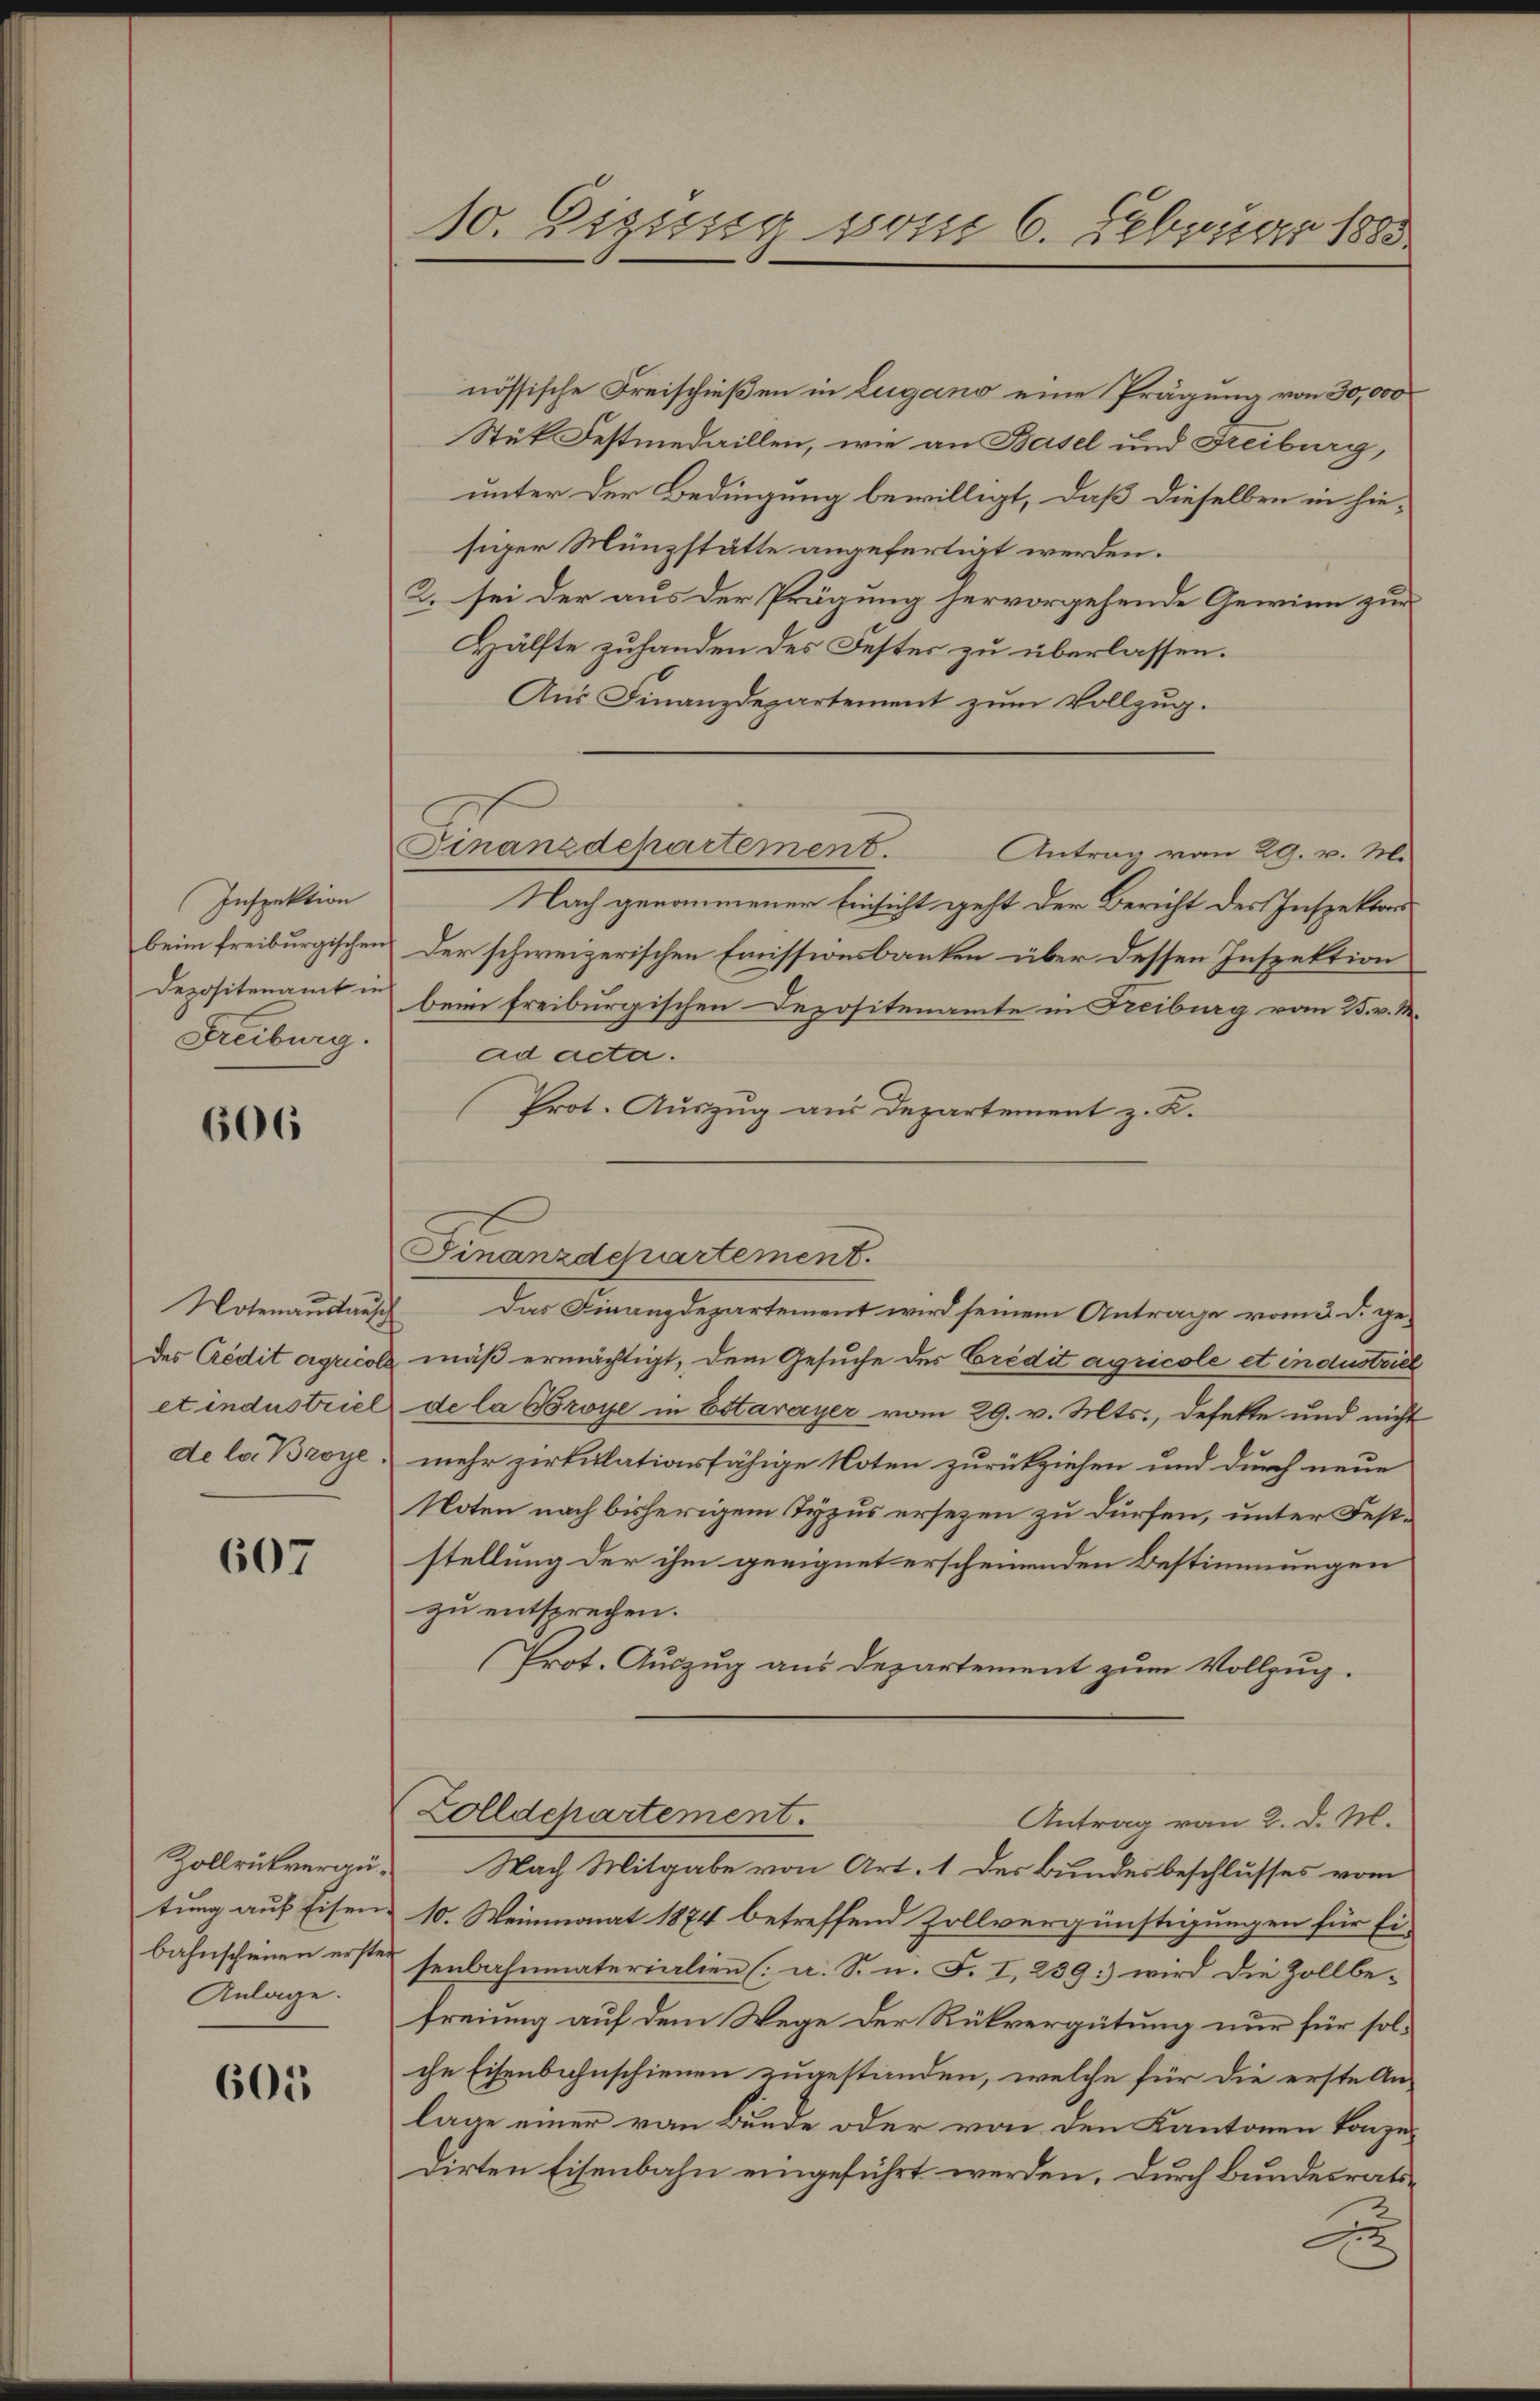
Inspektion
beim freiburgischen
Depositenamt in
Freiburg.

606

Notenauskauf
des Credit ergricol
et industriel
de la Broye

607

Zollrukvergütung auf Eisen
bahnschenen erste
Anlage.

605

10. Eigung vom 6. Februar 1883

nössische Freischießen in Lugano eine Prägung von 30,000
Stut Festmedaillen, wie an Basel und Freiburg,
unter der Bedingung bewilligt, daß dieselben in hie-
siger Münzstätte angefertigt werden.
2. sei der aus der Prägung hervorgehende Gewinn zur
Hälfte zuhanden des Fester zu überlassen.
Aus Finanzdepartement zum Vollzug.
Nach genommener Einsicht geht der Bericht des Inspektors
Der schweizerischen Emissionsbanken über dessen Inspektion
beim freiburgischen Depositenamte in Freiburg vom 25. v. M.
ad acta.
Prot. Auszug aus Departement z. B.
 Das Finanzdepartement wird seinem Antrage vom 3. d. ge-
mäß ermächtigt, dem Gesuche des Credit agricole et industriel
de la Broye in Estavayer vom 29. v. Mts., defekte und nicht
mehr zirkulationsfähige Noten zurückziehen und durch neue
Noten nach bisherigem Typus ersezen zu dürfen, unter Feststellung der ihm geeignet erscheinenden Bestimmungen
zu entsprechen.
(Prot. Auszug aus Departement zum Vollzug.
Zolldepartement.
Antrag von 2. d. M.
Nach Mitgabe von Art. 1 der Bundesbeschlusses vom
10. Weinmonat 1874 betreffend Zollvergünstigungen für Eisenbahnmaterialien (: u. S. n. F. I, 239: wird die Zollbefreiung auf dem Wege der Rückvergütung nur für solche Eisenbahnschienen zugestanden, welche für die erste Anlage einer von Bunde oder von den Kantonen konzerirten Eisenbahn eingeführt werden. Durch Bundesratsx

Finanzdepartement. Antrag vom 29. v. M.

Finanzdepartement